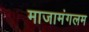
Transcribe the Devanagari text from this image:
माजामंगलम